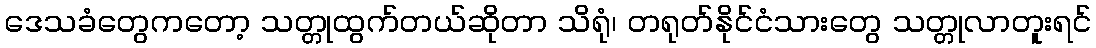
ဒေသခံတွေကတော့ သတ္တုထွက်တယ်ဆိုတာ သိရုံ၊ တရုတ်နိုင်ငံသားတွေ သတ္တုလာတူးရင်